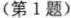
（第1题）